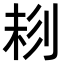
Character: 𠝁